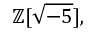
\mathbb { Z } [ { \sqrt { - 5 } } ] ,